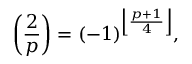
\left( { \frac { 2 } { p } } \right) = ( - 1 ) ^ { \left\lfloor { \frac { p + 1 } { 4 } } \right\rfloor } ,